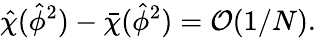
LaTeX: \hat{\chi}(\hat{\phi}^{2})-\bar{\chi}(\hat{\phi}^{2})={\cal{O}}(1/N).